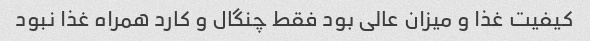
کیفیت غذا و‌ میزان عالی بود فقط چنگال و کارد همراه غذا نبود